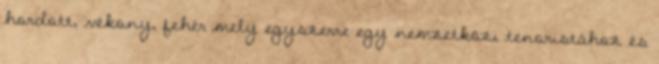
hordott, vékony, fehér mely egyszerre egy nemzetközi tenoristához és